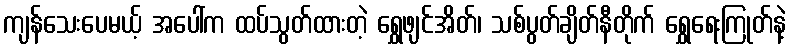
ကျန်သေးပေမယ့် အပေါ်က ထပ်သွတ်ထားတဲ့ ရွှေဖျင်အိတ်၊ သစ်ပွတ်ချိတ်နီတိုက် ရွှေရေးကြုတ်နဲ့